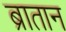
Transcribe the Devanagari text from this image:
ब्रातान